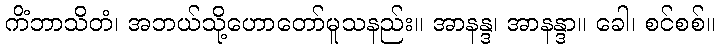
ကိံဘာသိတံ၊ အဘယ်သို့ဟောတော်မူသနည်း။ အာနန္ဒ၊ အာနန္ဒာ။ ခေါ၊ စင်စစ်။